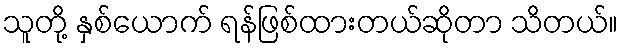
သူတို့ နှစ်ယောက် ရန်ဖြစ်ထားတယ်ဆိုတာ သိတယ်။